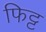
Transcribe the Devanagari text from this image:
फिट्ट